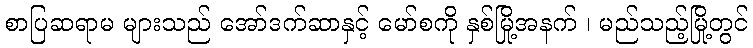
စာပြဆရာမ များသည် အော်ဒက်ဆာနှင့် မော်စကို နှစ်မြို့အနက် ၊ မည်သည့်မြို့တွင်